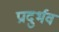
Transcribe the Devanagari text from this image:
प्रादुर्भव